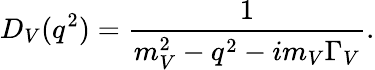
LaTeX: D_{V}(q^{2})=\frac{1}{m_{V}^{2}-q^{2}-im_{V}\Gamma_{V}}.